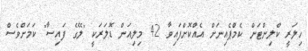
ހިލަރީ ކްލިންޓަން ކެމްޕެއިނަށް އެއްކޮށްފައިވާ 42 މިލިއަން ޑޮލަރަކީ "ލޭގެ ފައިސާ" ކަމަށްވެސް